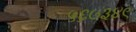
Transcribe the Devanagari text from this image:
५६७३४९